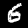
Label: 6